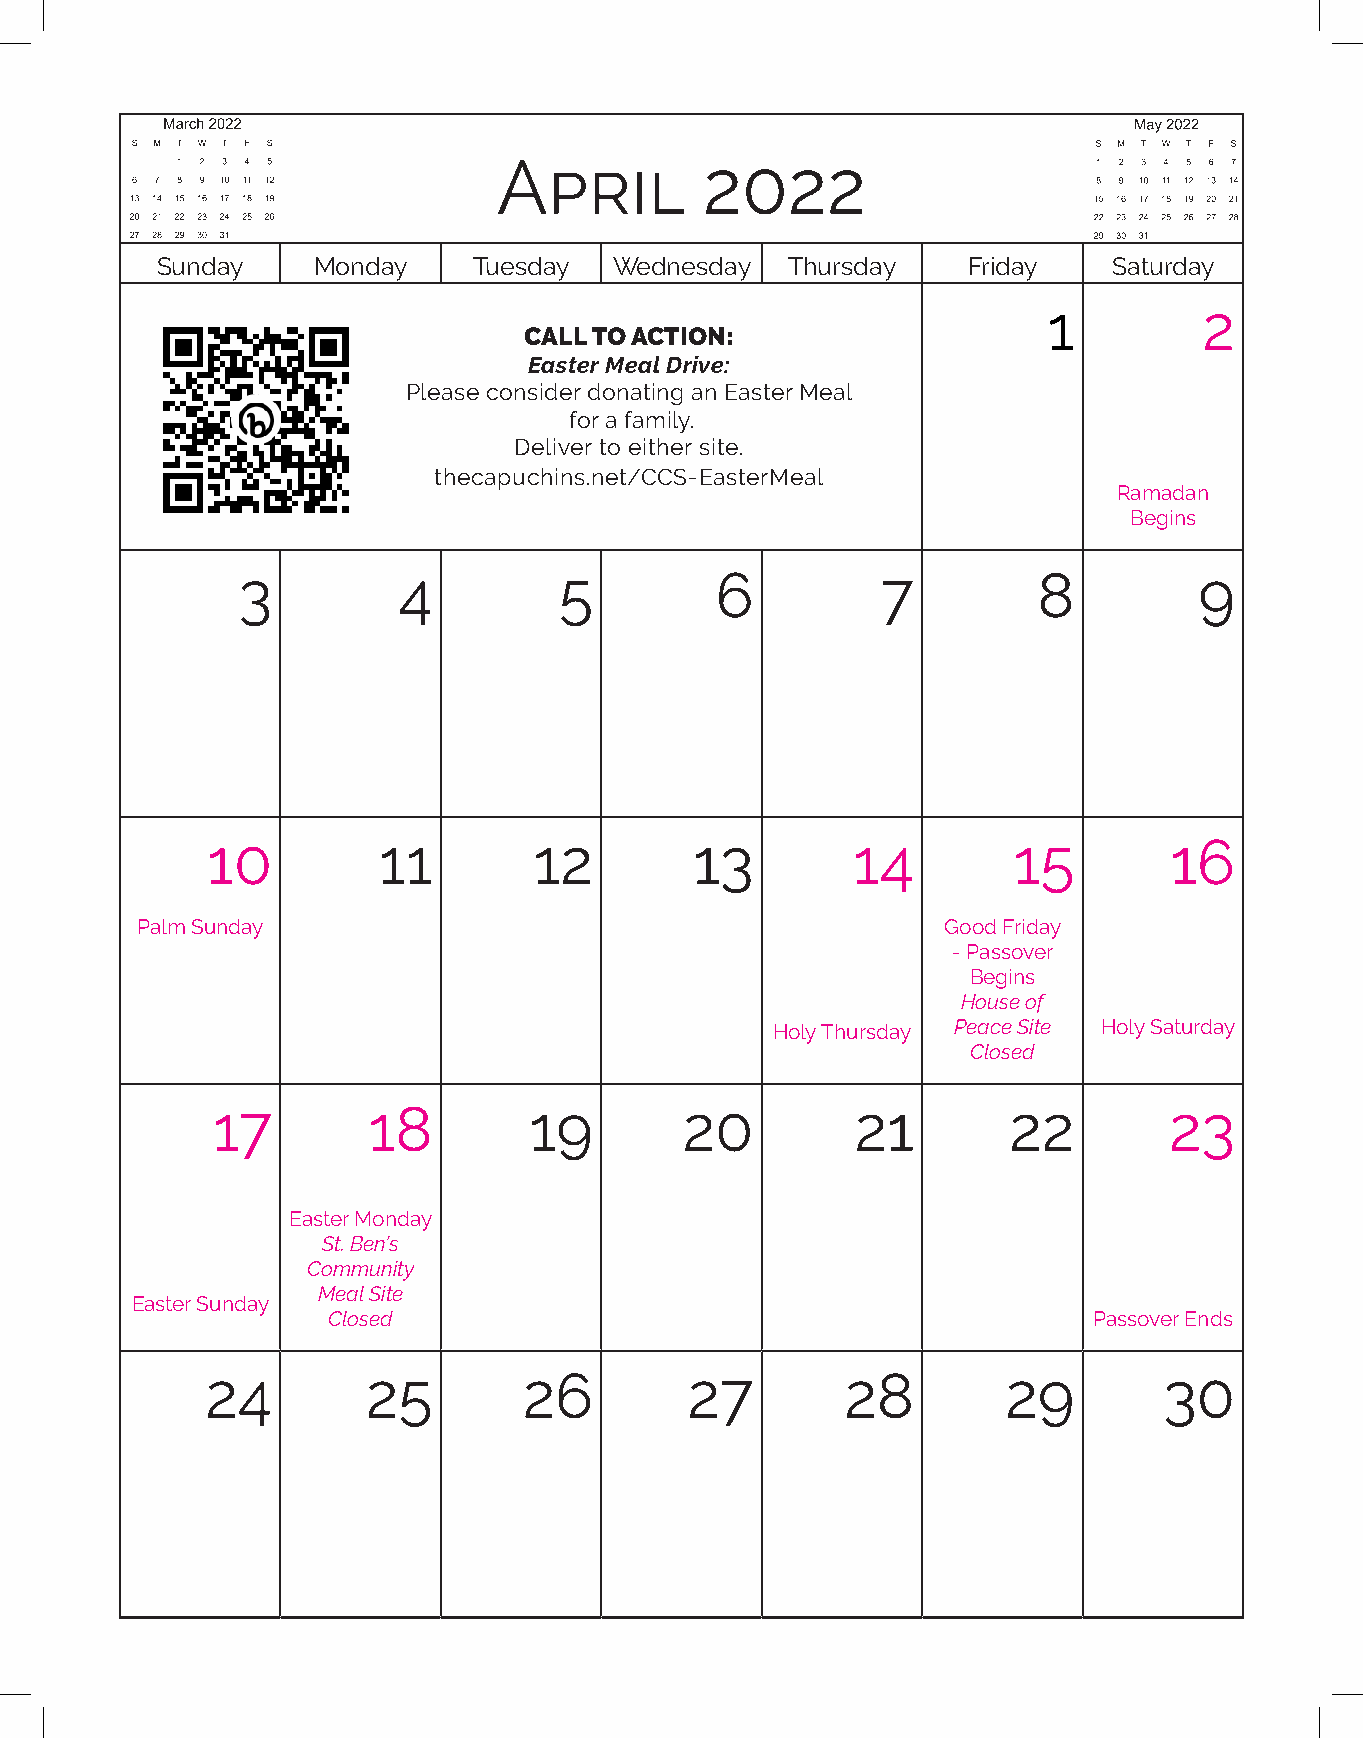
March 2020
 S M T W T F S
 1 2 3 4 5 6 7
 April         2022
 8 9 1011121314
 15161718192021
 22232425262728
 293031
 Sunday     Monday    Tuesday   Wednesday  Thursday    Friday    Saturday
 1          2
 CALL TO ACTION:
 Easter Meal Drive:
 Please consider donating an Easter Meal
 for a family.
 Deliver to either site.
 thecapuchins.net/CCS-EasterMeal
 Ramadan
 Begins
 3         4          5         6          7          8         9
 10         11        12         13        14         15        16
 Palm Sunday                                           Good Friday
 - Passover
 Begins
 House of
 Holy Thursday Peace Site Holy Saturday
 Closed
 17        18         19        20          21        22        23
 Easter Monday
 St. Ben’s
 Community
 Meal Site
 Easter Sunday
 Closed                                            Passover Ends
 24        25         26        27         28         29        30